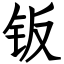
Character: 钣